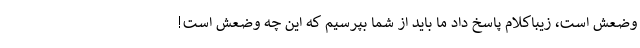
وضعش است، زیباکلام پاسخ داد ما باید از شما بپرسیم که این چه وضعش است!